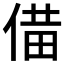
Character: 𪝌